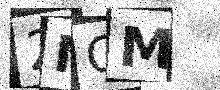
Text: 2NOM